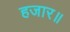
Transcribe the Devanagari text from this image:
हजार॥